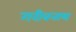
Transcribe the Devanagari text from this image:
गरीबनाथ